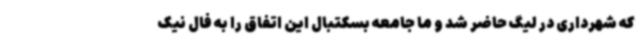
که شهرداری در لیگ حاضر شد و ما جامعه بسکتبال این اتفاق را به فال نیک‌